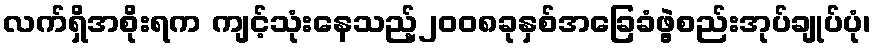
လက်ရှိအစိုးရက ကျင့်သုံးနေသည့်၂၀၀၈ခုနှစ်အခြေခံဖွဲ့စည်းအုပ်ချုပ်ပုံ၊